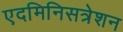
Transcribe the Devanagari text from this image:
एदमिनिसत्रेशन